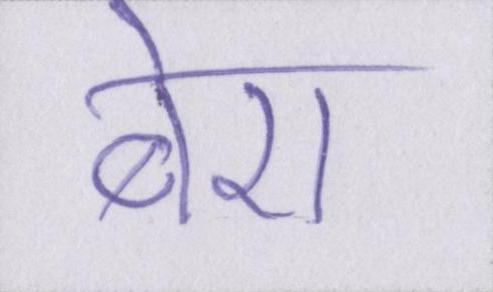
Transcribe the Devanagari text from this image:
बेरा